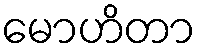
မောဟိတာ